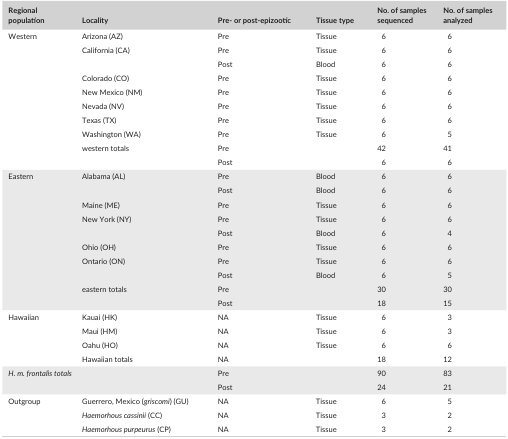
<table><thead><tr><td><b>Regional population</b></td><td><b>Locality</b></td><td><b>Pre‐ or post‐epizootic</b></td><td><b>Tissue type</b></td><td><b>No. of samples sequenced</b></td><td><b>No. of samples analyzed</b></td></tr></thead><tbody><tr><td rowspan="10">Western</td><td>Arizona (AZ)</td><td>Pre</td><td>Tissue</td><td>6</td><td>6</td></tr><tr><td rowspan="2">California (CA)</td><td>Pre</td><td>Tissue</td><td>6</td><td>6</td></tr><tr><td>Post</td><td>Blood</td><td>6</td><td>6</td></tr><tr><td>Colorado (CO)</td><td>Pre</td><td>Tissue</td><td>6</td><td>6</td></tr><tr><td>New Mexico (NM)</td><td>Pre</td><td>Tissue</td><td>6</td><td>6</td></tr><tr><td>Nevada (NV)</td><td>Pre</td><td>Tissue</td><td>6</td><td>6</td></tr><tr><td>Texas (TX)</td><td>Pre</td><td>Tissue</td><td>6</td><td>6</td></tr><tr><td>Washington (WA)</td><td>Pre</td><td>Tissue</td><td>6</td><td>5</td></tr><tr><td rowspan="2">western totals</td><td>Pre</td><td></td><td>42</td><td>41</td></tr><tr><td>Post</td><td></td><td>6</td><td>6</td></tr><tr><td rowspan="10">Eastern</td><td rowspan="2">Alabama (AL)</td><td>Pre</td><td>Blood</td><td>6</td><td>6</td></tr><tr><td>Post</td><td>Blood</td><td>6</td><td>6</td></tr><tr><td>Maine (ME)</td><td>Pre</td><td>Tissue</td><td>6</td><td>6</td></tr><tr><td rowspan="2">New York (NY)</td><td>Pre</td><td>Tissue</td><td>6</td><td>6</td></tr><tr><td>Post</td><td>Blood</td><td>6</td><td>4</td></tr><tr><td>Ohio (OH)</td><td>Pre</td><td>Tissue</td><td>6</td><td>6</td></tr><tr><td rowspan="2">Ontario (ON)</td><td>Pre</td><td>Tissue</td><td>6</td><td>6</td></tr><tr><td>Post</td><td>Blood</td><td>6</td><td>5</td></tr><tr><td rowspan="2">eastern totals</td><td>Pre</td><td></td><td>30</td><td>30</td></tr><tr><td>Post</td><td></td><td>18</td><td>15</td></tr><tr><td rowspan="4">Hawaiian</td><td>Kauai (HK)</td><td>NA</td><td>Tissue</td><td>6</td><td>3</td></tr><tr><td>Maui (HM)</td><td>NA</td><td>Tissue</td><td>6</td><td>3</td></tr><tr><td>Oahu (HO)</td><td>NA</td><td>Tissue</td><td>6</td><td>6</td></tr><tr><td>Hawaiian totals</td><td>NA</td><td></td><td>18</td><td>12</td></tr><tr><td rowspan="2" colspan="2"><i>H. m. frontalis totals</i></td><td>Pre</td><td></td><td>90</td><td>83</td></tr><tr><td>Post</td><td></td><td>24</td><td>21</td></tr><tr><td rowspan="3">Outgroup</td><td>Guerrero, Mexico (<i>griscomi</i>) (GU)</td><td>NA</td><td>Tissue</td><td>6</td><td>5</td></tr><tr><td><i>Haemorhous cassinii</i> (CC)</td><td>NA</td><td>Tissue</td><td>3</td><td>2</td></tr><tr><td><i>Haemorhous purpeurus</i> (CP)</td><td>NA</td><td>Tissue</td><td>3</td><td>2</td></tr></tbody></table>